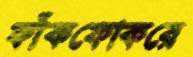
ফাঁকফোকরে